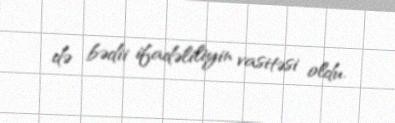
də bədii ifadəliliyin vasitəsi oldu.